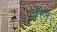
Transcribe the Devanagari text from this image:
यॅल